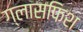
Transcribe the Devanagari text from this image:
ग्लासफिश